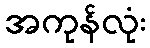
အကုန်လုံး